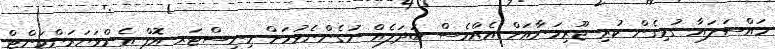
މައްސަލައާ ގުޅިގެން ކުރި ޖޫރިމަނާއަށް އެއްވެސް ބަދަލެއް ނުގެންނެވުމަށް މިނިސްޓަރ އޮފް އެންވަޔަރަންމަންޓް